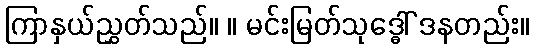
ကြာနှယ်ညွှတ်သည်။ ။ မင်းမြတ်သုဒ္ဓေါ် ဒနတည်း။